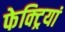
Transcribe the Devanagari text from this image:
फेक्ट्रियां